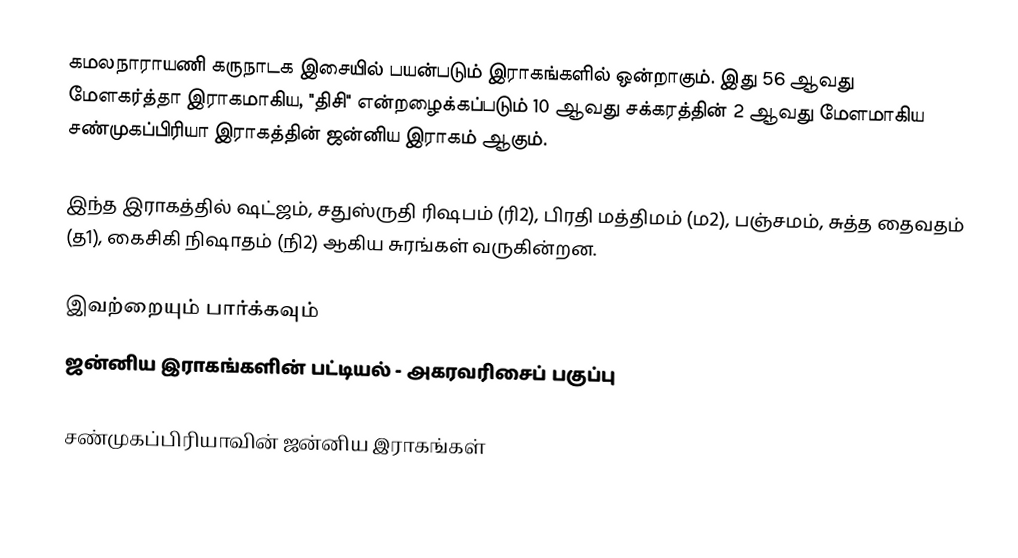
கமலநாராயணி கருநாடக இசையில் பயன்படும் இராகங்களில் ஒன்றாகும். இது 56 ஆவது மேளகர்த்தா இராகமாகிய, "திசி" என்றழைக்கப்படும் 10 ஆவது சக்கரத்தின் 2 ஆவது மேளமாகிய சண்முகப்பிரியா இராகத்தின் ஜன்னிய இராகம் ஆகும்.

இந்த இராகத்தில் ஷட்ஜம், சதுஸ்ருதி ரிஷபம் (ரி2),  பிரதி மத்திமம் (ம2), பஞ்சமம், சுத்த தைவதம் (த1), கைசிகி நிஷாதம்  (நி2) ஆகிய சுரங்கள் வருகின்றன.

இவற்றையும் பார்க்கவும்
 ஜன்னிய இராகங்களின் பட்டியல் - அகரவரிசைப் பகுப்பு

சண்முகப்பிரியாவின் ஜன்னிய இராகங்கள்